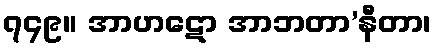
၇၄၉။ အာဟဋော အာဘတာ’နီတာ၊